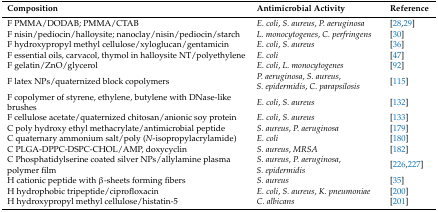
<table><thead><tr><td><b>Composition</b></td><td><b>Antimicrobial Activity</b></td><td><b>Reference</b></td></tr></thead><tbody><tr><td>F PMMA/DODAB; PMMA/CTAB</td><td><i>E. coli</i>, <i>S. aureus</i>, <i>P. aeruginosa</i></td><td>[28,29]</td></tr><tr><td>F nisin/pediocin/halloysite; nanoclay/nisin/pediocin/starch</td><td><i>L. monocytogenes</i>, <i>C. perfringens</i></td><td>[30]</td></tr><tr><td>F hydroxypropyl methyl cellulose/xyloglucan/gentamicin</td><td><i>E. coli</i>, <i>S. aureus</i></td><td>[36]</td></tr><tr><td>F essential oils, carvacol, thymol in halloysite NT/polyethylene</td><td><i>E. coli</i></td><td>[47]</td></tr><tr><td>F gelatin/ZnO/glycerol</td><td><i>E. coli</i>, <i>L. monocytogenes</i></td><td>[92]</td></tr><tr><td>F latex NPs/quaternized block copolymers</td><td><i>P. aeruginosa</i>, <i>S. aureus</i>, <i>S. epidermidis</i>, <i>C. parapsilosis</i></td><td>[115]</td></tr><tr><td>F copolymer of styrene, ethylene, butylene with DNase-like brushes</td><td><i>E. coli</i>, <i>S. aureus</i></td><td>[132]</td></tr><tr><td>F cellulose acetate/quaternized chitosan/anionic soy protein</td><td><i>E. coli</i>, <i>S. aureus</i></td><td>[133]</td></tr><tr><td>C poly hydroxy ethyl methacrylate/antimicrobial peptide</td><td><i>S. aureus</i>, <i>P. aeruginosa</i></td><td>[179]</td></tr><tr><td>C quaternary ammonium salt/poly (<i>N</i>-isopropylacrylamide)</td><td><i>E. coli</i></td><td>[180]</td></tr><tr><td>C PLGA-DPPC-DSPC-CHOL/AMP, doxycyclin</td><td><i>S. aureus</i>, <i>MRSA</i></td><td>[182]</td></tr><tr><td>C Phosphatidylserine coated silver NPs/allylamine plasma polymer film</td><td><i>S. aureus</i>, <i>P. aeruginosa</i>, <i>S. epidermidis</i></td><td>[226,227]</td></tr><tr><td>H cationic peptide with β-sheets forming fibers</td><td><i>S. aureus</i></td><td>[35]</td></tr><tr><td>H hydrophobic tripeptide/ciprofloxacin</td><td><i>E. coli</i>, <i>S. aureus</i>, <i>K. pneumoniae</i></td><td>[200]</td></tr><tr><td>H hydroxypropyl methyl cellulose/histatin-5</td><td><i>C. albicans</i></td><td>[201]</td></tr></tbody></table>